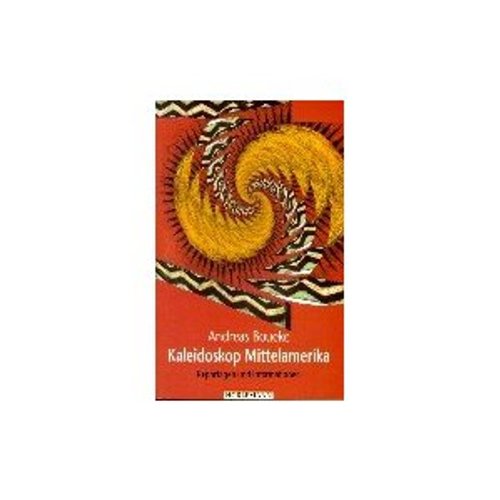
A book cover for Kaleidoskop Mittelamerika / Guatemala, Belize, El Salvador, Honduras, Nicaragua, Costa Rica, Panama / Reportagen und Informationen (German Edition); Andreas Boueke; Travel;